Civil Veterinary Dept. Bombay admin report 1914-1922 - 1914-1922
Year: 1914
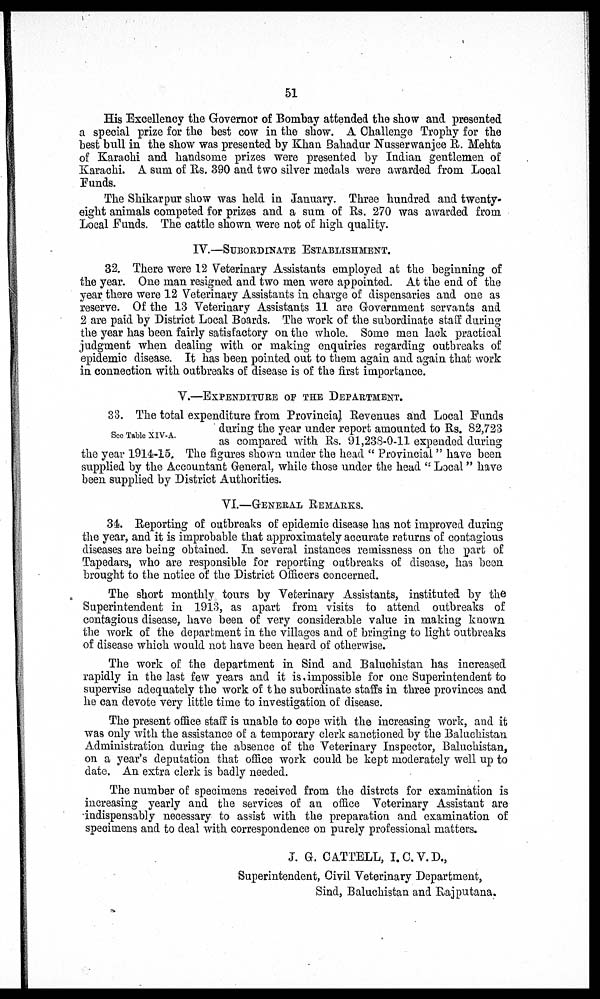
51
His Excellency the Governor of Bombay attended the show and presented
a special prize for the best cow in the show. A Challenge Trophy for the
best bull in the show was presented by Khan Bahadur Nusserwanjee R. Mehta
of Karachi and handsome prizes were presented by Indian gentlemen of
Karachi. A sum of Rs. 390 and two silver medals were awarded from Local
Funds.
The Shikarpur show was held in January. Three hundred and twenty-
eight animals competed for prizes and a sum of Rs. 270 was awarded from
Local Funds. The cattle shown were not of high quality.
IV.—SUBORDINATE ESTABLISHMENT.
32. There were 12 Veterinary Assistants employed at the beginning of
the year. One man resigned and two men were appointed. At the end of the
year there were 12 Veterinary Assistants in charge of dispensaries and one as
reserve. Of the 13 Veterinary Assistants 11 are Government servants and
2 are paid by District Local Boards. The work of the subordinate staff during
the year has been fairly satisfactory on the whole. Some men lack practical
judgment when dealing with or making enquiries regarding outbreaks of
epidemic disease. It has been pointed out to them again and again that work
in connection with outbreaks of disease is of the first importance.
V.—EXPENDITURE OF THE DEPARTMENT.
See Table XIV-A.
33. The total expenditure from Provincial Revenues and Local Funds
during the year under report amounted to Rs. 82,723
as compared with Rs. 91,238-0-11 expended during
the year 1914-15. The figures shown under the head "Provincial" have been
supplied by the Accountant General, while those under the head "Local" have
been supplied by District Authorities.
VI.—GENERAL REMARKS.
34. Reporting of outbreaks of epidemic disease has not improved during
the year, and it is improbable that approximately accurate returns of contagious
diseases are being obtained. In several instances remissness on the part of
Tapedars, who are responsible for reporting outbreaks of disease, has been
brought to the notice of the District Officers concerned.
The short monthly tours by Veterinary Assistants, instituted by the
Superintendent in 1913, as apart from visits to attend outbreaks of
contagious disease, have been of very considerable value in making known
the work of the department in the villages and of bringing to light outbreaks
of disease which would not have been heard of otherwise.
The work of the department in Sind and Baluchistan has increased
rapidly in the last few years and it is impossible for one Superintendent to
supervise adequately the work of the subordinate staffs in three provinces and
he can devote very little time to investigation of disease.
The present office staff is unable to cope with the increasing work, and it
was only with the assistance of a temporary clerk sanctioned by the Baluchistan
Administration during the absence of the Veterinary Inspector, Baluchistan,
on a year's deputation that office work could be kept moderately well up to
date. An extra clerk is badly needed.
The number of specimens received from the distrcts for examination is
increasing yearly and the services of an office Veterinary Assistant are
indispensably necessary to assist with the preparation and examination of
specimens and to deal with correspondence on purely professional matters.
J. G. CATTELL, I. C.V.D.,
Superintendent, Civil Veterinary Department,
Sind, Baluchistan and Rajputana.